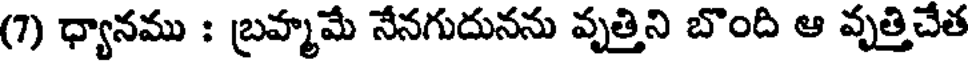
(7) ధ్యానము : బ్రహ్మమే నేనగుదునను వృత్తిని బొంది ఆ వృత్తిచేత